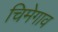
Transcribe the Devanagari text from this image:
चिमेगाव